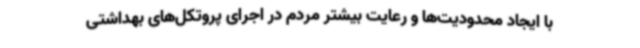
با ایجاد محدودیت‌ها و رعایت بیشتر مردم در اجرای پروتکل‌های بهداشتی